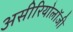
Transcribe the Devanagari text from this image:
असीरियोलॉजी